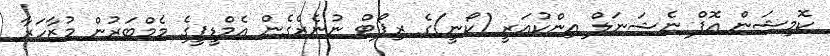
ކޮމިޝަން އޮފް ނެޝަނަލް އިންކުއަރީ (ކޯނީ)ގެ ރިޕޯޓް ނުނެރެގެން އެމްޑީޕީގެ މެމްބަރުން މުޒާހަރާ